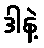
ဒါနဲ့